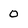
Character: 0